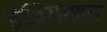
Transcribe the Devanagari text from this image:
इंद्रियाश्रय